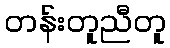
တန်းတူညီတူ